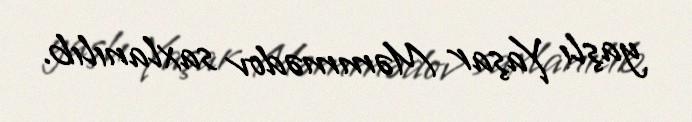
yaşlı Yaşar Məmmədov saxlanılıb.